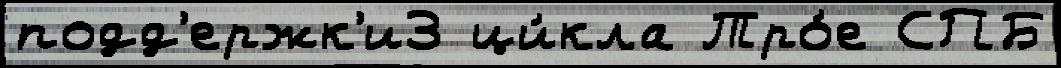
подд'ержк'и3 ци́кла Тро́е СПБ